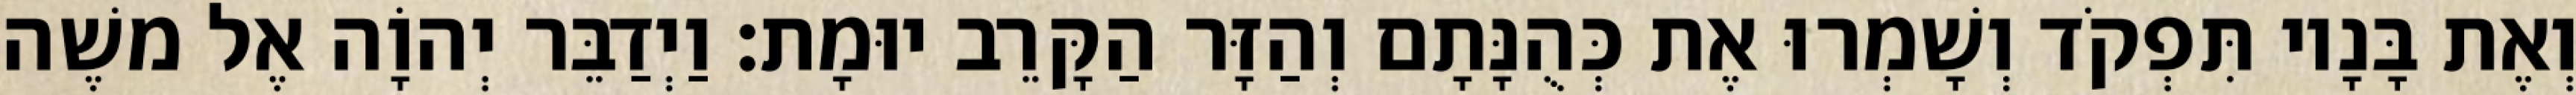
וְאֶת בָּנָיו תִּפְקֹד וְשָׁמְרוּ אֶת כְּהֻנָּתָם וְהַזָּר הַקָּרֵב יוּמָת׃ וַיְדַבֵּר יְהוָֹה אֶל משֶׁה